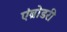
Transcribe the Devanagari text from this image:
एंब्रोडरी